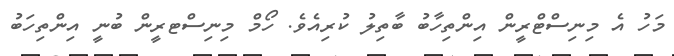
މަހު އެ މިނިސްޓްރީން އިންތިހާބު ބާތިލު ކުރިއެވެ. ހޯމް މިނިސްޓރީން ބުނީ އިންތިހަބު